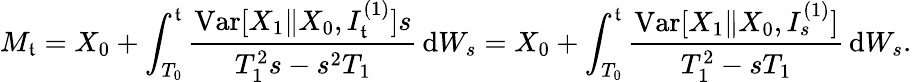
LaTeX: M_{\mathfrak{t}}=X_{0}+\int_{T_{0}}^{\mathfrak{t}}\frac{{\mathrm{{Var}}[X_{1}\| X_{0},I_{\mathfrak{t}}^{(1)}]s}}{{T_{1}^{2}s-s^{2}T_{1}}}\, \mathrm{{d}}W_{s}=X_{0}+\int_{T_{0}}^{\mathfrak{t}}\frac{{\mathrm{{Var}}[X_{1}\| X_{0},I_{s}^{(1)}]}}{{T_{1}^{2}-sT_{1}}}\, \mathrm{{d}}W_{s}.